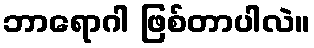
ဘာရောဂါ ဖြစ်တာပါလဲ။